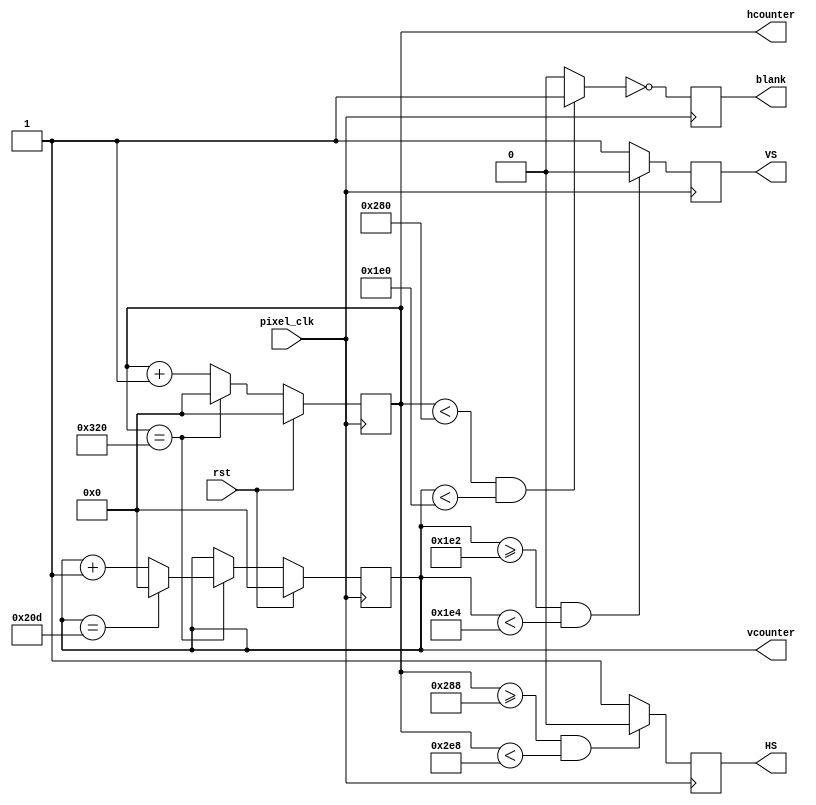
`timescale 1ns / 1ps
//////////////////////////////////////////////////////////////////////////////////
// Company: Boston University
// 
// Design Name: 
// Module Name:    vga_controller 
// Project Name: Rush Hour
// Target Devices: The Nexys3 is a complete, ready to Xilinx Spartan6 LX16 FPGA
// Tool versions: 
// Description: As the name of the file suggests, the file contains the VGA driver
//
// Dependencies: 
//
// Revision: 
// Revision 0.01 - File Created
// Additional Comments: 
//
//////////////////////////////////////////////////////////////////////////////////
module vga_controller_640_60 (rst,pixel_clk,HS,VS,hcounter,vcounter,blank);

	input rst, pixel_clk;	// global reset, pixel clock
	output reg HS, VS, blank;	// sync controls, blank indicator
	output reg [10:0] hcounter, vcounter;	// pixel coordinates

	// Update these values based on the monitor and the FPGA used
	parameter HMAX = 800; 	// maxium value for the horizontal pixel counter
	parameter VMAX = 525; 	// maxium value for the vertical pixel counter
	parameter HLINES = 640;	// total number of visible columns  HP  parameter HLINES = 640;
	parameter HFP = 648; 	// value for the horizontal counter where front porch ends
	parameter HSP = 744; 	// value for the horizontal counter where the synch pulse ends
	parameter VLINES = 480;	// total number of visible lines
	parameter VFP = 482; 	// value for the vertical counter where the frone proch ends
	parameter VSP = 484; 	// value for the vertical counter where the synch pulse ends
	parameter SPP = 0;		// value for the porch synchronization pulse

	wire video_enable;	// valid region indicator
	
	// create a video enabled region
	assign video_enable = (hcounter < HLINES && vcounter < VLINES) ? 1'b1 : 1'b0;
	
	// create a "blank" indicator
	always@(posedge pixel_clk)begin
		blank <= ~video_enable; 
	end
	
	// Create a horizontal beam trace (horizontal time):
	always@(posedge pixel_clk)begin
		if(rst == 1) hcounter <= 0;
		else if (hcounter == HMAX) hcounter <= 0;
		else hcounter <= hcounter + 1'b1;
	end
	
	// Create a vertical beam trace (vertical time):
	always@(posedge pixel_clk)begin
		if(rst == 1) vcounter <=0;
		else if(hcounter == HMAX) begin
			if(vcounter == VMAX) vcounter <= 0;
			else vcounter <= vcounter + 1'b1; 
		end
	end
	
	// Check if between horizontal porches,
	// if not send horizontal porch synchronization pulse
	always@(posedge pixel_clk)begin
		if(hcounter >= HFP && hcounter < HSP)
		HS <= SPP;
		else HS <= ~SPP; 
	end
	
	// Check if between vertical porches,
	// if not send vertical porch synchronization pulse
	always@(posedge pixel_clk)begin
		if(vcounter >= VFP && vcounter < VSP) VS <= SPP;
		else VS <= ~SPP; 
	end
	
	

endmodule